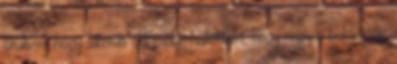
örültem, hogy sikerült Később hallottam, hogy nagy a boldogság